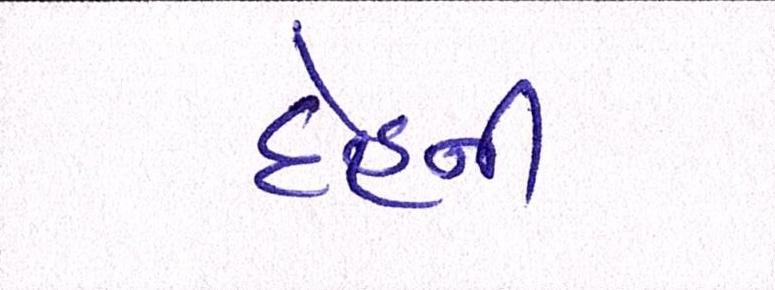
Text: દેહની